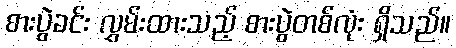
စားပွဲခင်း လွှမ်းထားသည့် စားပွဲတစ်လုံး ရှိသည်။